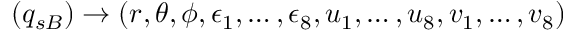
( q _ { s B } ) \rightarrow ( r , \theta , \phi , \epsilon _ { 1 } , \dots , \epsilon _ { 8 } , u _ { 1 } , \dots , u _ { 8 } , v _ { 1 } , \dots , v _ { 8 } )